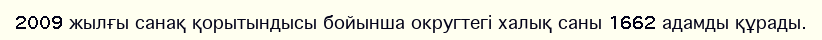
2009 жылғы санақ қорытындысы бойынша округтегі халық саны 1662 адамды құрады.